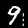
Label: 9